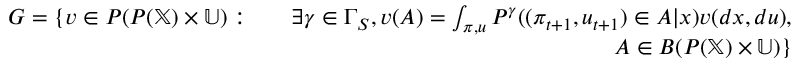
\begin{array} { r l r } { { \cal G } = \{ v \in { \cal P } ( { \cal P } ( \mathbb { X } ) \times \mathbb { U } ) : } & { } & { \exists \gamma \in \Gamma _ { S } , v ( A ) = \int _ { \pi , u } P ^ { \gamma } ( ( \pi _ { t + 1 } , u _ { t + 1 } ) \in A | x ) v ( d x , d u ) , } \\ & { } & { \quad \quad \quad \quad \quad \quad \quad \quad A \in { \cal B } ( { \cal P } ( \mathbb { X } ) \times \mathbb { U } ) \} } \end{array}